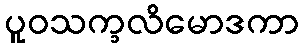
ပူဝသက္ခလိမောဒကာ